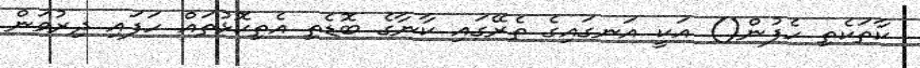
ކާތަކެތި ހެފުން() އަކީ އަނގައިގެ ތެރޭގައި ކާނާގެ ބޮޑެތި އެތިކޮޅުތައް ހަފައި ދިރުވަން